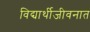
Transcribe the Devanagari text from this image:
विद्यार्थीजीवनात